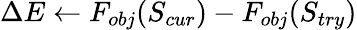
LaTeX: \Delta E\gets F_{obj}(S_{cur})-F_{obj}(S_{try})